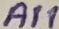
Text: A11